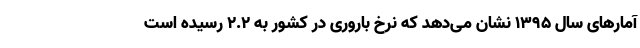
آمارهای سال ۱۳۹۵ نشان می‌دهد که نرخ باروری در کشور به ۲.۲ رسیده است